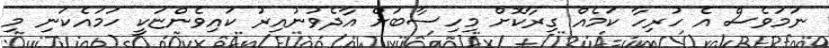
ނަމަވެސް އެ ހުރިހާ ކަމެއް ގިރާކޮށް މިހިސާބަށް އާދެވުނުއިރު ކައިވެންޏަކީ ހަމައެކަނި މި